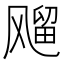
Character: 飗